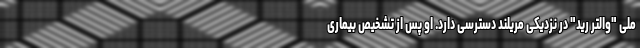
ملی "والتر رید" در نزدیکی مریلند دسترسی دارد. او پس از تشخیص بیماری